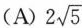
(A) $$2 \sqrt{5}$$